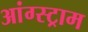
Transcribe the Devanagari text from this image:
आंग्स्ट्राम